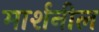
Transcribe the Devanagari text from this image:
मार्शनील